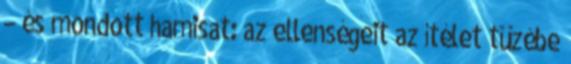
– és mondott hamisat: az ellenségeit az ítélet tüzébe